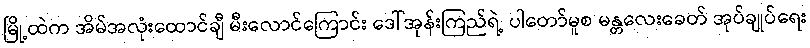
မြို့ထဲက အိမ်အလုံးထောင်ချီ မီးလောင်ကြောင်း ဒေါ်အုန်းကြည်ရဲ့ ပါတော်မူစ မန္တလေးခေတ် အုပ်ချုပ်ရေး